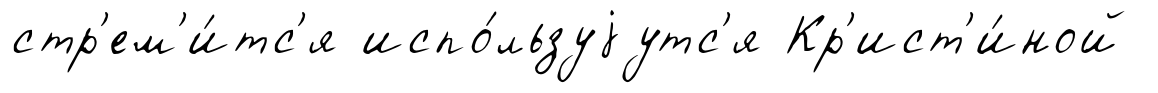
стр'ем'и́тс'я испо́льзуjутс'я Кр'ист'и́ной